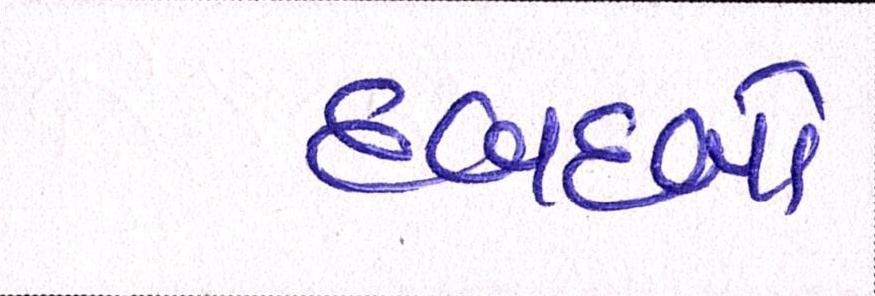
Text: દબદબો